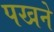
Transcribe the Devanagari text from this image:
पखने